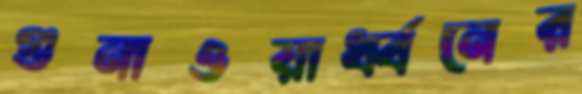
গুনাওয়ার্ধ্বনের